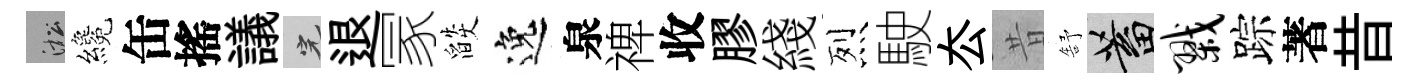
淞纔缶搖議完退冡燄逸泉禆收膠綫烈駛厺昔舒蓄戮踪著昔